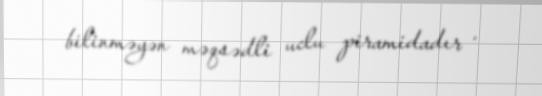
bilinməyən məqsədli uclu piramidadır .